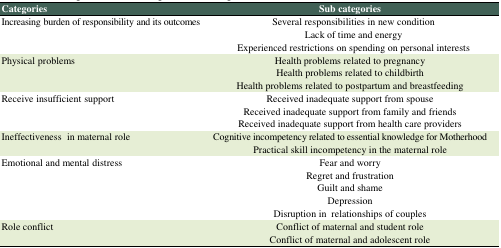
<table><thead><tr><td><b>Categories</b></td><td><b>Sub categories</b></td></tr></thead><tbody><tr><td>Increasing burden of responsibility and its outcomes</td><td>Several responsibilities in new conditionLack of time and energyExperienced restrictions on spending on personal interests</td></tr><tr><td>Physical problems</td><td>Health problems related to pregnancyHealth problems related to childbirthHealth problems related to postpartum and breastfeeding</td></tr><tr><td>Receive insufficient support</td><td>Received inadequate support from spouseReceived inadequate support from family and friendsReceived inadequate support from health care providers</td></tr><tr><td>Ineffectiveness in maternal role</td><td>Cognitive incompetency related to essential knowledge for MotherhoodPractical skill incompetency in the maternal role</td></tr><tr><td>Emotional and mental distress</td><td>Fear and worryRegret and frustrationGuilt and shameDepressionDisruption in relationships of couples</td></tr><tr><td>Role conflict</td><td>Conflict of maternal and student roleConflict of maternal and adolescent role</td></tr></tbody></table>